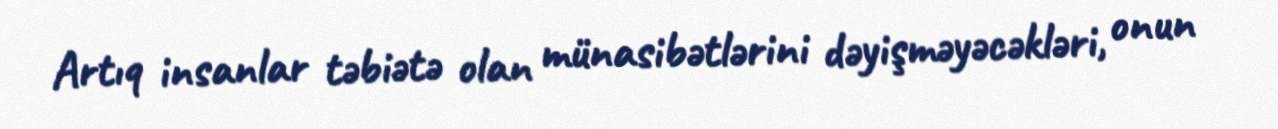
Artıq insanlar təbiətə olan münasibətlərini dəyişməyəcəkləri, onun